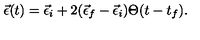
\vec { \epsilon } ( t ) = \vec { \epsilon } _ { i } + 2 ( \vec { \epsilon } _ { f } - \vec { \epsilon } _ { i } ) \Theta ( t - t _ { f } ) .